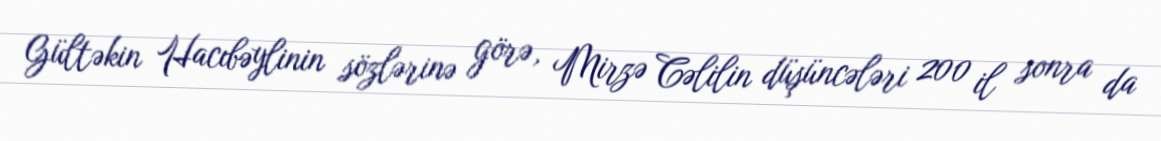
Gültəkin Hacıbəylinin sözlərinə görə, Mirzə Cəlilin düşüncələri 200 il sonra da